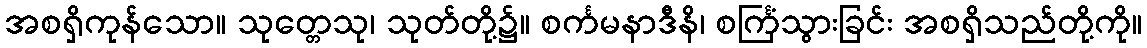
အစရှိကုန်သော။ သုတ္တေသု၊ သုတ်တို့၌။ စင်္ကမနာဒီနိ၊ စင်္ကြံသွားခြင်း အစရှိသည်တို့ကို။